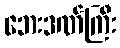
ဘေးဒဏ်ကြီး